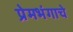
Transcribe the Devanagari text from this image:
प्रेमभंगाचे